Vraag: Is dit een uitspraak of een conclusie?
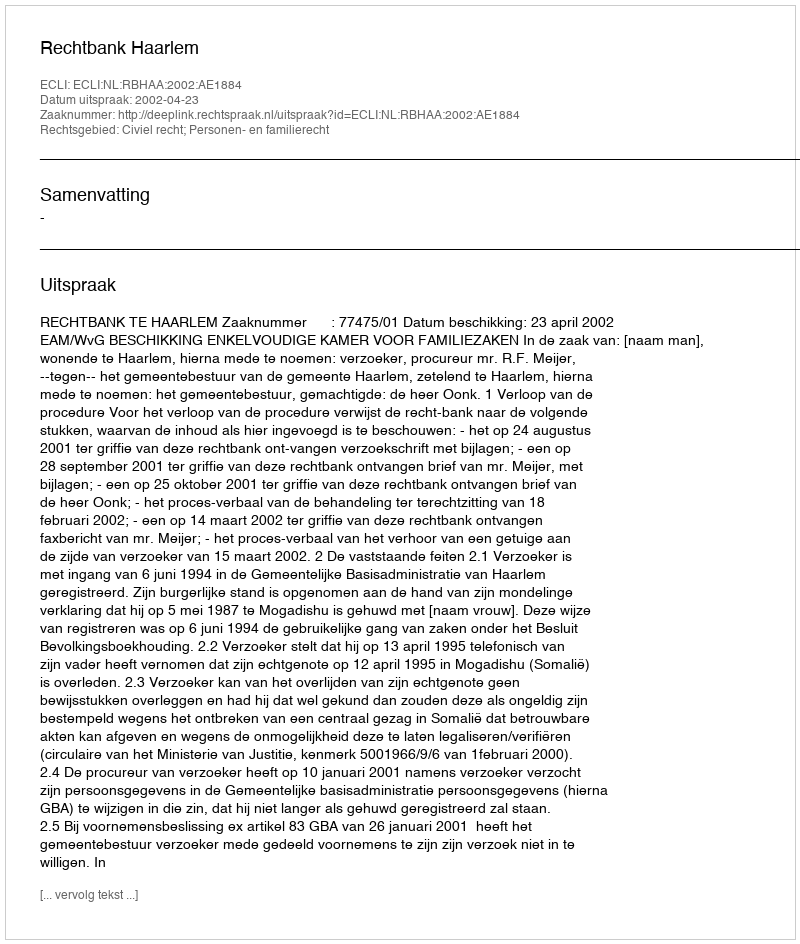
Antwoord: Uitspraak